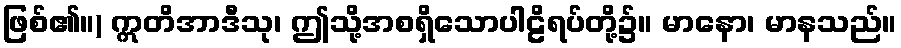
ဖြစ်၏။) ဣတိအာဒီသု၊ ဤသို့အစရှိသောပါဠိရပ်တို့၌။ မာနော၊ မာနသည်။